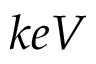
k e V